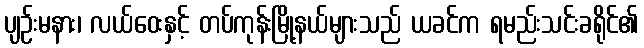
ပျဉ်းမနား၊ လယ်ဝေးနှင့် တပ်ကုန်းမြို့နယ်များသည် ယခင်က ရမည်းသင်းခရိုင်၏